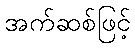
အက်ဆစ်ဖြင့်